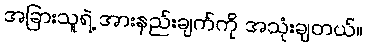
အခြားသူရဲ့ အားနည်းချက်ကို အသုံးချတယ်။